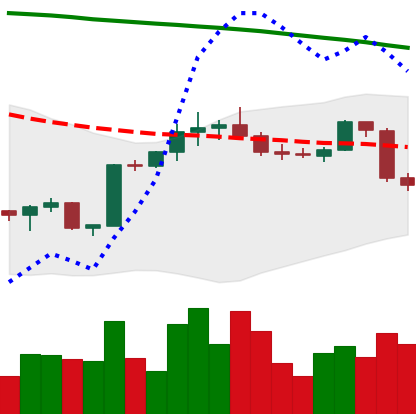
Ticker: BTC-USD
Chart end date: 2022-02-18
Forward return: -6.831%
Label: down_5_7